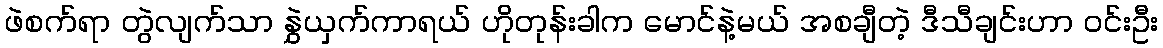
ဖဲစက်ရာ တွဲလျက်သာ နွှဲယှက်ကာရယ် ဟိုတုန်းခါက မောင်နဲ့မယ် အစချီတဲ့ ဒီသီချင်းဟာ ဝင်းဦး